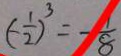
( - \frac { 1 } { 2 } ) ^ { 3 } = - \frac { 1 } { 8 }